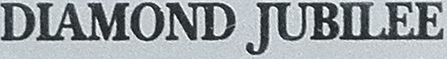
DIAMOND JUBILEE